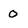
Character: 0